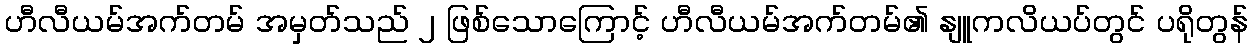
ဟီလီယမ်အက်တမ် အမှတ်သည် ၂ ဖြစ်သောကြောင့် ဟီလီယမ်အက်တမ်၏ နျူကလိယပ်တွင် ပရိုတွန်